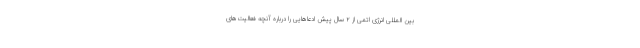
بین المللی انرژی اتمی از ۲ سال پیش ادعاهایی را درباره آنچه فعالیت‌های